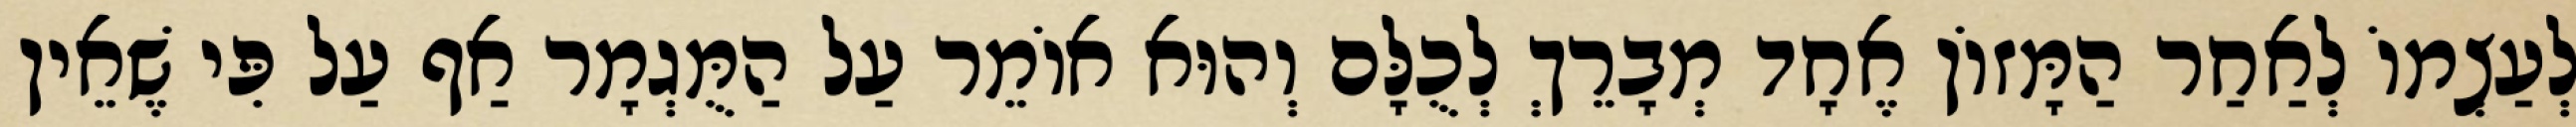
לְעַצְמוֹ לְאַחַר הַמָּזוֹן אֶחָד מְבָרֵךְ לְכֻלָּם וְהוּא אוֹמֵר עַל הַמֻּגְמָר אַף עַל פִּי שֶׁאֵין